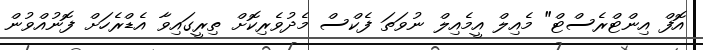
އޮފް އިންޓްރެސްޓް" މެއިލް އީމެއިލް ނުވަތަ ފެކްސް މެދުވެރިކޮށް ތިރީގައިވާ އެޑްރެހަށް ފޮނުއްވުން